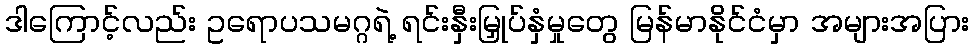
ဒါကြောင့်လည်း ဥရောပသမဂ္ဂရဲ့ ရင်းနှီးမြှုပ်နှံမှုတွေ မြန်မာနိုင်ငံမှာ အများအပြား